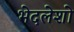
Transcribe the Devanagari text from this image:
भेदलेशो